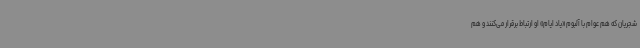
شجریان که هم عوام با آلبوم «یاد ایام» او ارتباط برقرار می‌کنند و هم